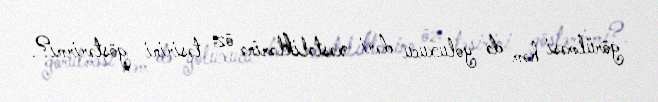
görülməsi həm də yoluxucu dəri xəstəliklərinə öz təsirini göstərirmi?.